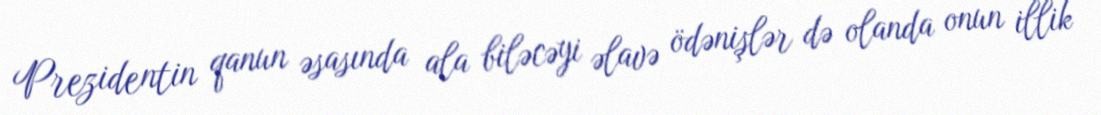
Prezidentin qanun əsasında ala biləcəyi əlavə ödənişlər də olanda onun illik